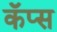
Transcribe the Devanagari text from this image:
कॅप्स